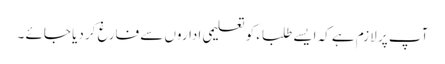
آپ پر لازم ہے کہ ایسے طلباء کو تعلیمی اداروں سے فارغ کر دیا جائے ۔